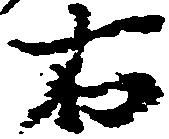
右